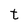
Character: t